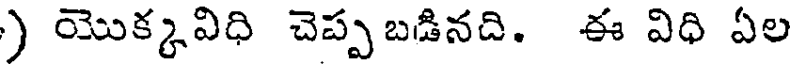
) యొక్కవిధి చెప్పబడినది. ఈ విధి ఏల